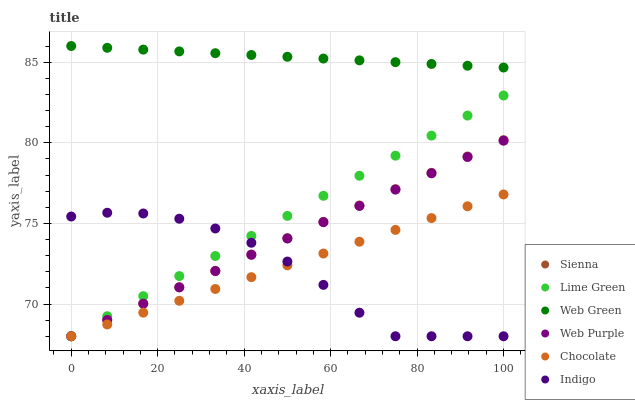
| xaxis_label | Sienna | Lime Green | Web Green | Web Purple | Chocolate | Indigo |
 | --- | --- | --- | --- | --- | --- | --- |
 | 0 | 68 | 68 | 86 | 68 | 68 | 75.4 |
 | 8.33 | 69 | 69.2 | 85.9 | 69 | 68.7 | 75.7 |
 | 16.7 | 70 | 70.5 | 85.8 | 70 | 69.5 | 75.6 |
 | 25 | 71 | 71.7 | 85.7 | 71 | 70.2 | 75.3 |
 | 33.3 | 72.1 | 73 | 85.6 | 72 | 70.9 | 74.7 |
 | 41.7 | 73.1 | 74.2 | 85.4 | 73.1 | 71.7 | 73.8 |
 | 50 | 74.1 | 75.5 | 85.3 | 74.1 | 72.4 | 72.6 |
 | 58.3 | 75.1 | 76.7 | 85.2 | 75.1 | 73.1 | 71.2 |
 | 66.7 | 76.1 | 78 | 85.1 | 76.1 | 73.9 | 69.5 |
 | 75 | 77.1 | 79.2 | 85 | 77.1 | 74.6 | 68 |
 | 83.3 | 78.1 | 80.4 | 84.9 | 78.1 | 75.3 | 68 |
 | 91.7 | 79.1 | 81.7 | 84.8 | 79.1 | 76.1 | 68 |
 | 100 | 80.2 | 82.9 | 84.7 | 80.1 | 76.8 | 68 |